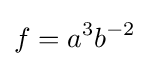
f=a^{3}b^{-2}